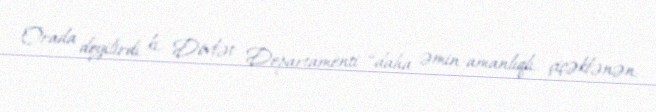
Orada deyilirdi ki, Dövlət Departamenti “daha əmin-amanlıqlı, çiçəklənən,